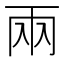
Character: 兩